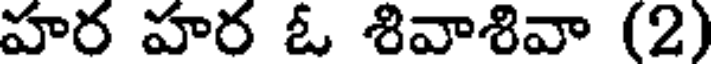
హర హర ఓ శివాశివా (2)